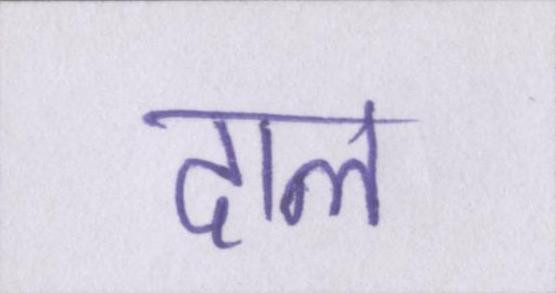
दाल